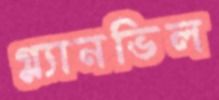
গ্ল্যানভিল